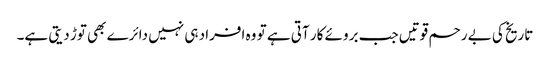
تاریخ کی بے رحم قوتیں جب بروئے کار آتی ہے تو وہ افراد ہی نہیں دائرے بھی توڑ دیتی ہے۔